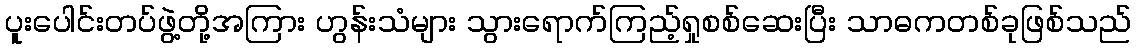
ပူးပေါင်းတပ်ဖွဲ့တို့အကြား ဟွန်းသံများ သွားရောက်ကြည့်ရှုစစ်ဆေးပြီး သာဓကတစ်ခုဖြစ်သည်